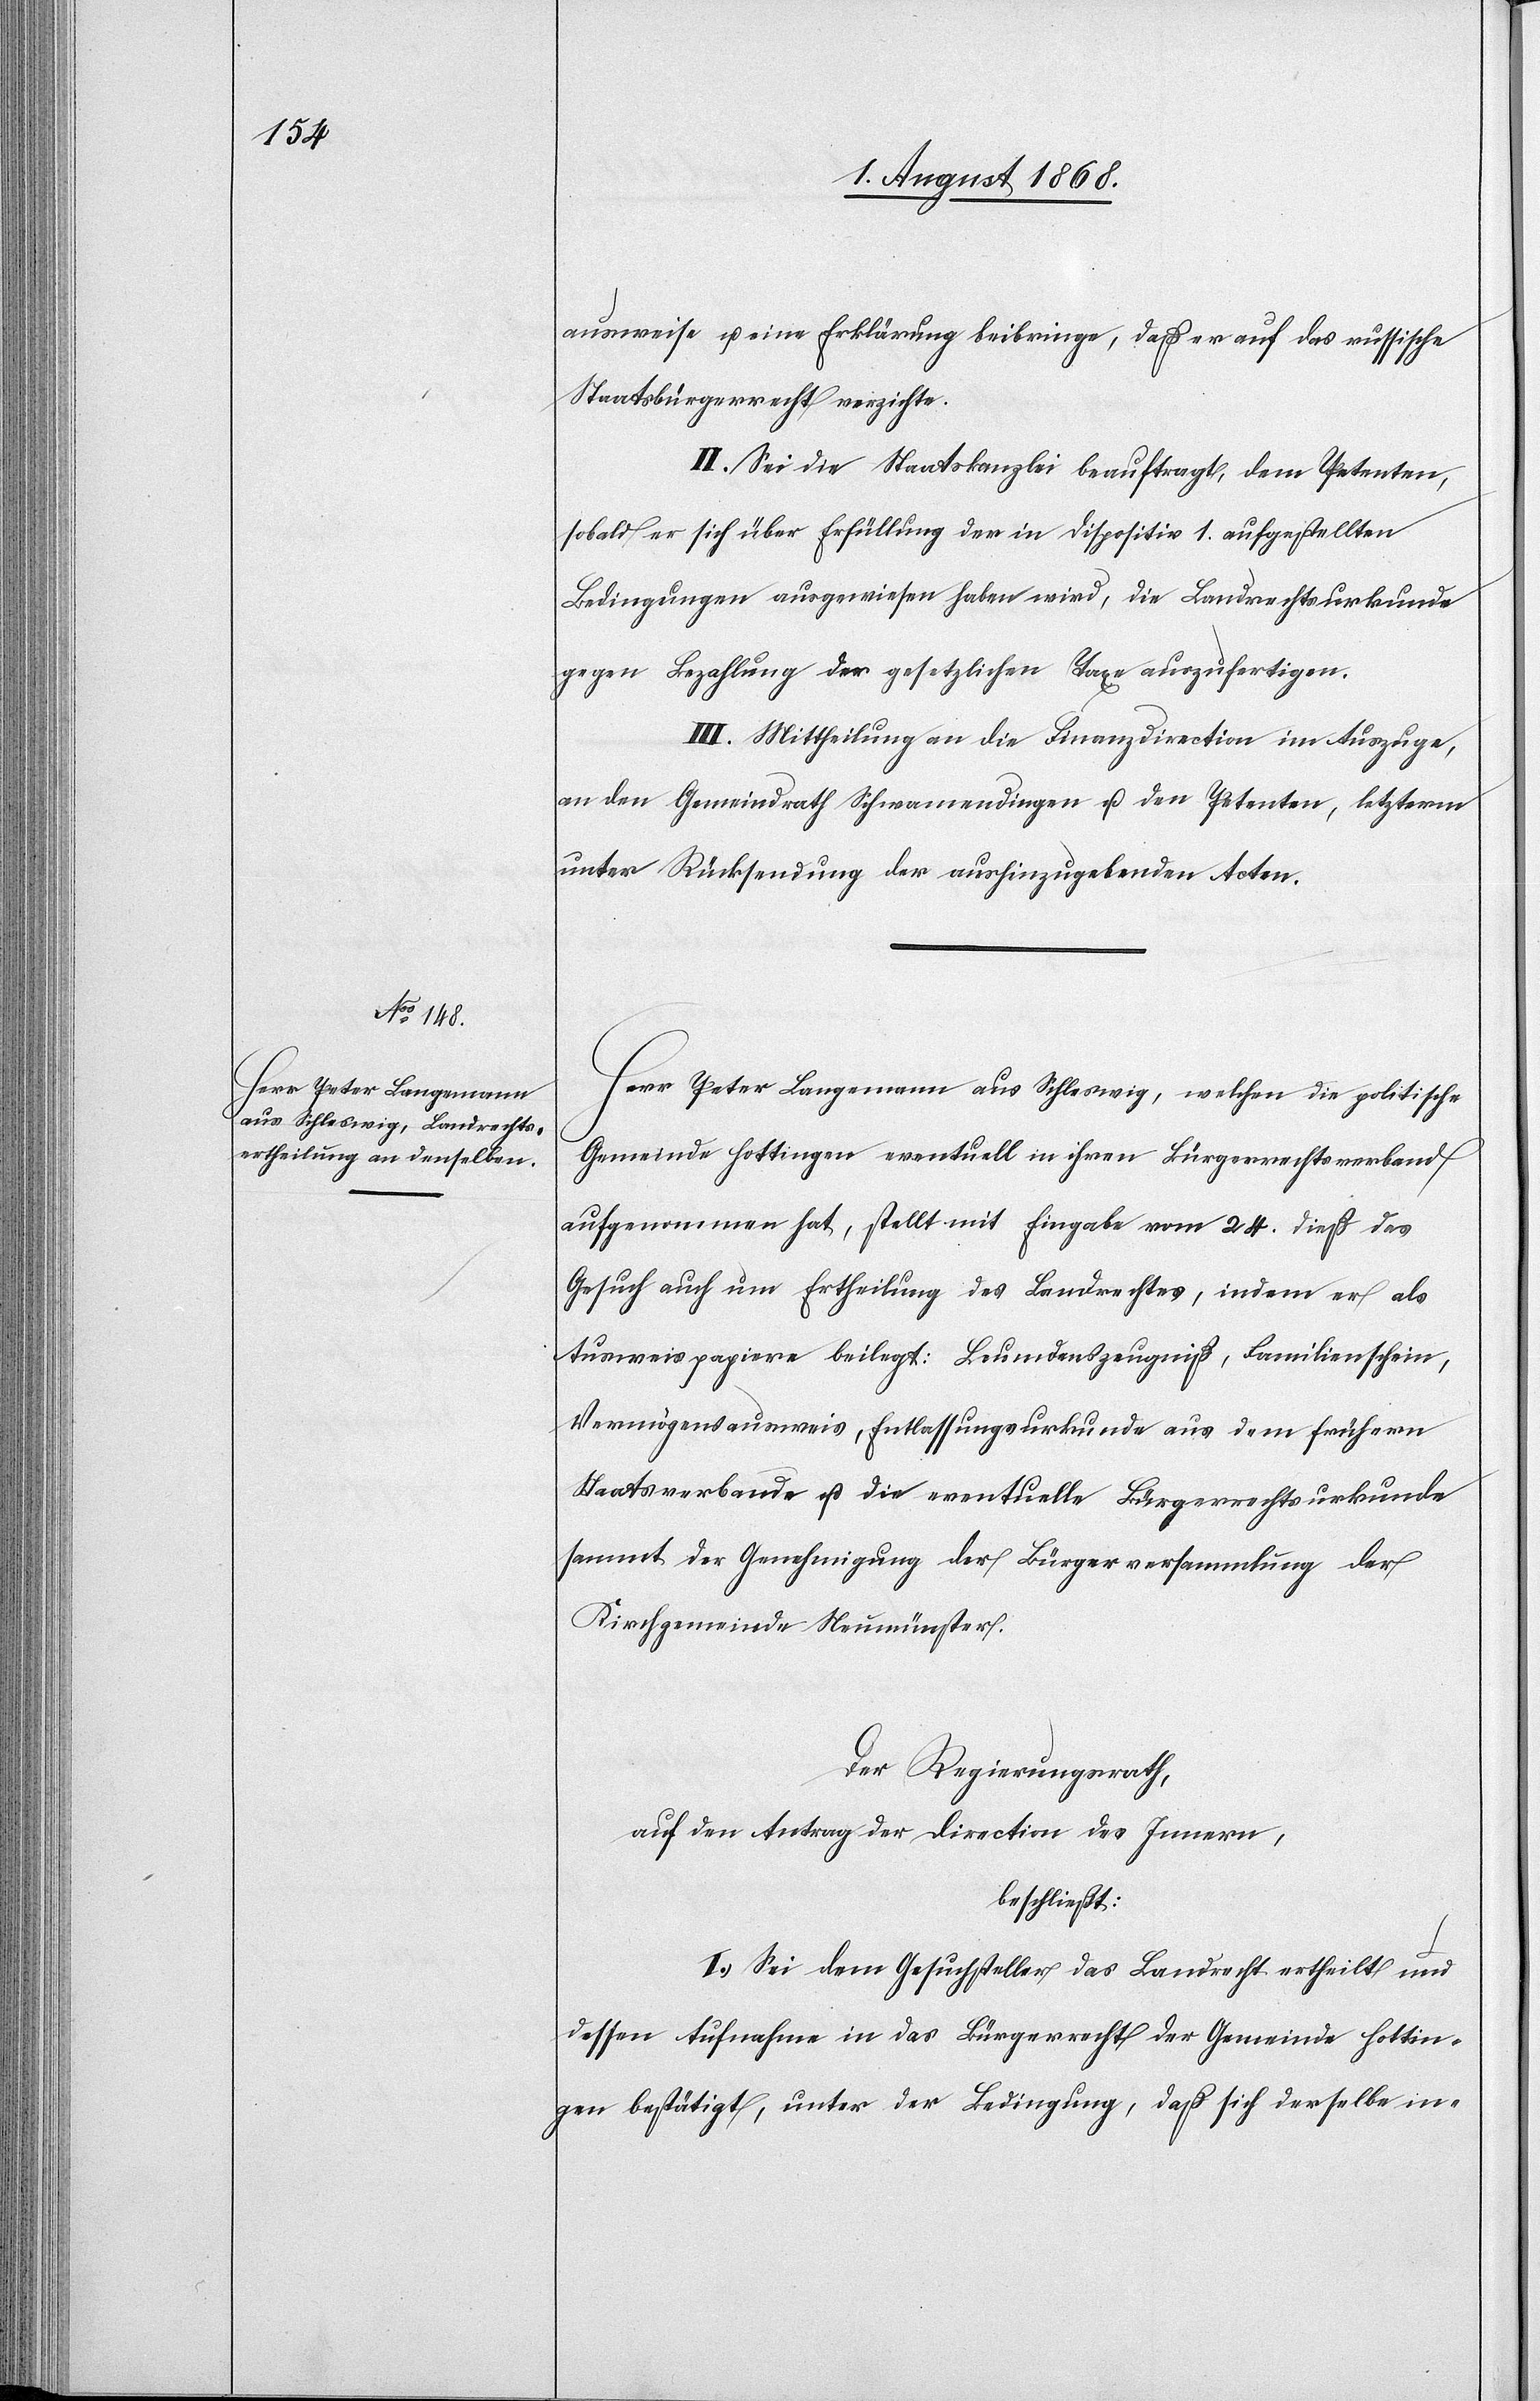
ausweise u. eine Erklärung beibringe, daß er auf das russische
Staatsbürgerrecht verzichte.
II. Sei die Staatskanzlei beauftragt, dem Petenten,
sobald er sich über Erfüllung der in Dispositiv 1. aufgestellten
Bedingungen ausgewiesen haben wird, die Landrechtsurkunde
gegen Bezahlung der gesetzlichen Taxe auszufertigen.
III. Mittheilung an die Finanzdirection im Auszuge,
an den Gemeindrath Schwamendingen u. den Petenten, letzterm
unter Rücksendung der aushinzugebenden Acten.
Herr Peter Langemann aus Schleswig, welchen die politische
Gemeinde Hottingen eventuell in ihren Bürgerrechtsverband
aufgenommen hat, stellt mit Eingabe vom 24. dieß das
Gesuch auch um Ertheilung des Landrechtes, indem er als
Ausweispapiere beilegt: Leumdenszeugniß, Familienschein,
Vermögensausweis, Entlassungsurkunde aus dem frühern
Staatsverbande u. die eventuelle Bürgerrechtsurkunde
sammt der Genehmigung der Bürgerversammlung der
Kirchgemeinde Neumünster.
Der Regierungsrath,
auf den Antrag der Direction des Innern,
beschließt:
I. Sei dem Gesuchsteller das Landrecht ertheilt und
dessen Aufnahme in das Bürgerrecht der Gemeinde Hottin¬
gen bestätigt, unter der Bedingung, daß sich derselbe in-